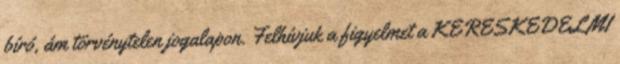
bíró, ám törvénytelen jogalapon. Felhívjuk a figyelmet a KERESKEDELMI